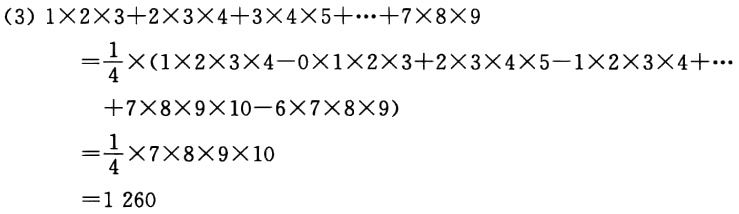
\[
\begin{align*}
&1\times2\times3 + 2\times3\times4 + 3\times4\times5+\cdots+7\times8\times9\\
=&\frac{1}{4}\times(1\times2\times3\times4 - 0\times1\times2\times3+2\times3\times4\times5 - 1\times2\times3\times4+\cdots\\
&\quad+7\times8\times9\times10 - 6\times7\times8\times9)\\
=&\frac{1}{4}\times7\times8\times9\times10\\
=&1260
\end{align*}
\]